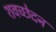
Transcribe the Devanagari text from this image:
शवच्छेदन